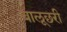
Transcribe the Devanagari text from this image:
बालूछरी